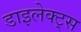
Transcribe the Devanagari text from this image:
डाइलेक्ट्स